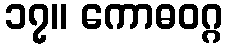
၁၇။ ကောဓဝဂ္ဂ